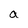
Character: a